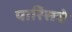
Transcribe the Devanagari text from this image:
पारिसचे